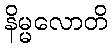
နိမ္မလောတိ